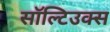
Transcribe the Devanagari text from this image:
सॉल्टिउक्स